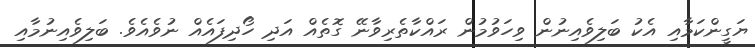
ޔަގީންކަމާއި އެކު ބަލިވެއިނުން ވިހަވުމުން ރައްކާތެރިވާނޭ ގޮތެއް އަދި ހޯދިފައެއް ނުވެއެވެ. ބަލިވެއިނުމާއި